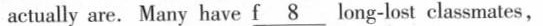
actually are. Many have f \underline8 long-lost classmates,